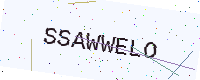
Text: SSAWWELO